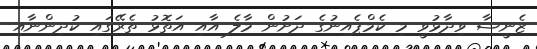
ޒެނީޝާ ވިދާޅުވީ މި ކެމްޕެއިނުގެ ދަށުން މާލެ އާއި އަތޮޅު ތެރޭގައި ކުދިންނާއި